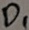
Text: D1